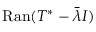
\mathrm { R a n } ( T ^ { * } - { \bar { \lambda } } I )